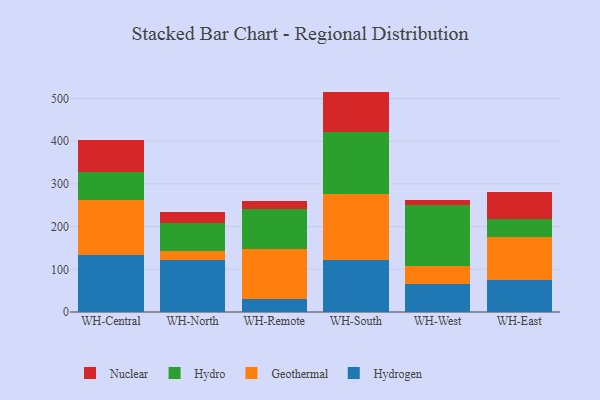
{"axis": {"x": "Warehouse", "y": "Net Income (USD K)"}, "legend": ["Geothermal", "Hydro", "Hydrogen", "Nuclear"], "data": [{"x": "WH-Central", "y": 134.2, "type": "Hydrogen"}, {"x": "WH-Central", "y": 127.7, "type": "Geothermal"}, {"x": "WH-Central", "y": 65.6, "type": "Hydro"}, {"x": "WH-Central", "y": 76.2, "type": "Nuclear"}, {"x": "WH-North", "y": 121.2, "type": "Hydrogen"}, {"x": "WH-North", "y": 20.6, "type": "Geothermal"}, {"x": "WH-North", "y": 67.3, "type": "Hydro"}, {"x": "WH-North", "y": 24.3, "type": "Nuclear"}, {"x": "WH-Remote", "y": 29.9, "type": "Hydrogen"}, {"x": "WH-Remote", "y": 117.0, "type": "Geothermal"}, {"x": "WH-Remote", "y": 93.8, "type": "Hydro"}, {"x": "WH-Remote", "y": 19.0, "type": "Nuclear"}, {"x": "WH-South", "y": 120.7, "type": "Hydrogen"}, {"x": "WH-South", "y": 154.9, "type": "Geothermal"}, {"x": "WH-South", "y": 145.7, "type": "Hydro"}, {"x": "WH-South", "y": 95.0, "type": "Nuclear"}, {"x": "WH-West", "y": 66.1, "type": "Hydrogen"}, {"x": "WH-West", "y": 42.2, "type": "Geothermal"}, {"x": "WH-West", "y": 142.7, "type": "Hydro"}, {"x": "WH-West", "y": 12.1, "type": "Nuclear"}, {"x": "WH-East", "y": 75.1, "type": "Hydrogen"}, {"x": "WH-East", "y": 101.6, "type": "Geothermal"}, {"x": "WH-East", "y": 40.5, "type": "Hydro"}, {"x": "WH-East", "y": 63.7, "type": "Nuclear"}]}